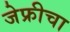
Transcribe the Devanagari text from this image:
जेफ्रीचा